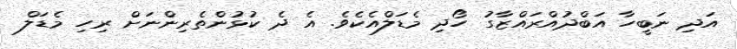
އަދި ނަބީހާ އަބްދުއްރައްޒާގު ހޯދި މެޑަލްއެކެވެ. އެ ދެ ކުޅުންތެރިންނަށް ރިހި މެޑަލް